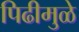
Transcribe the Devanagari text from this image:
पिढीमुळे